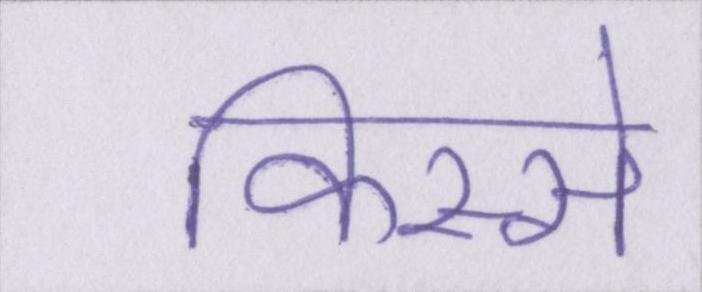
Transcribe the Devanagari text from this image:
किस्से